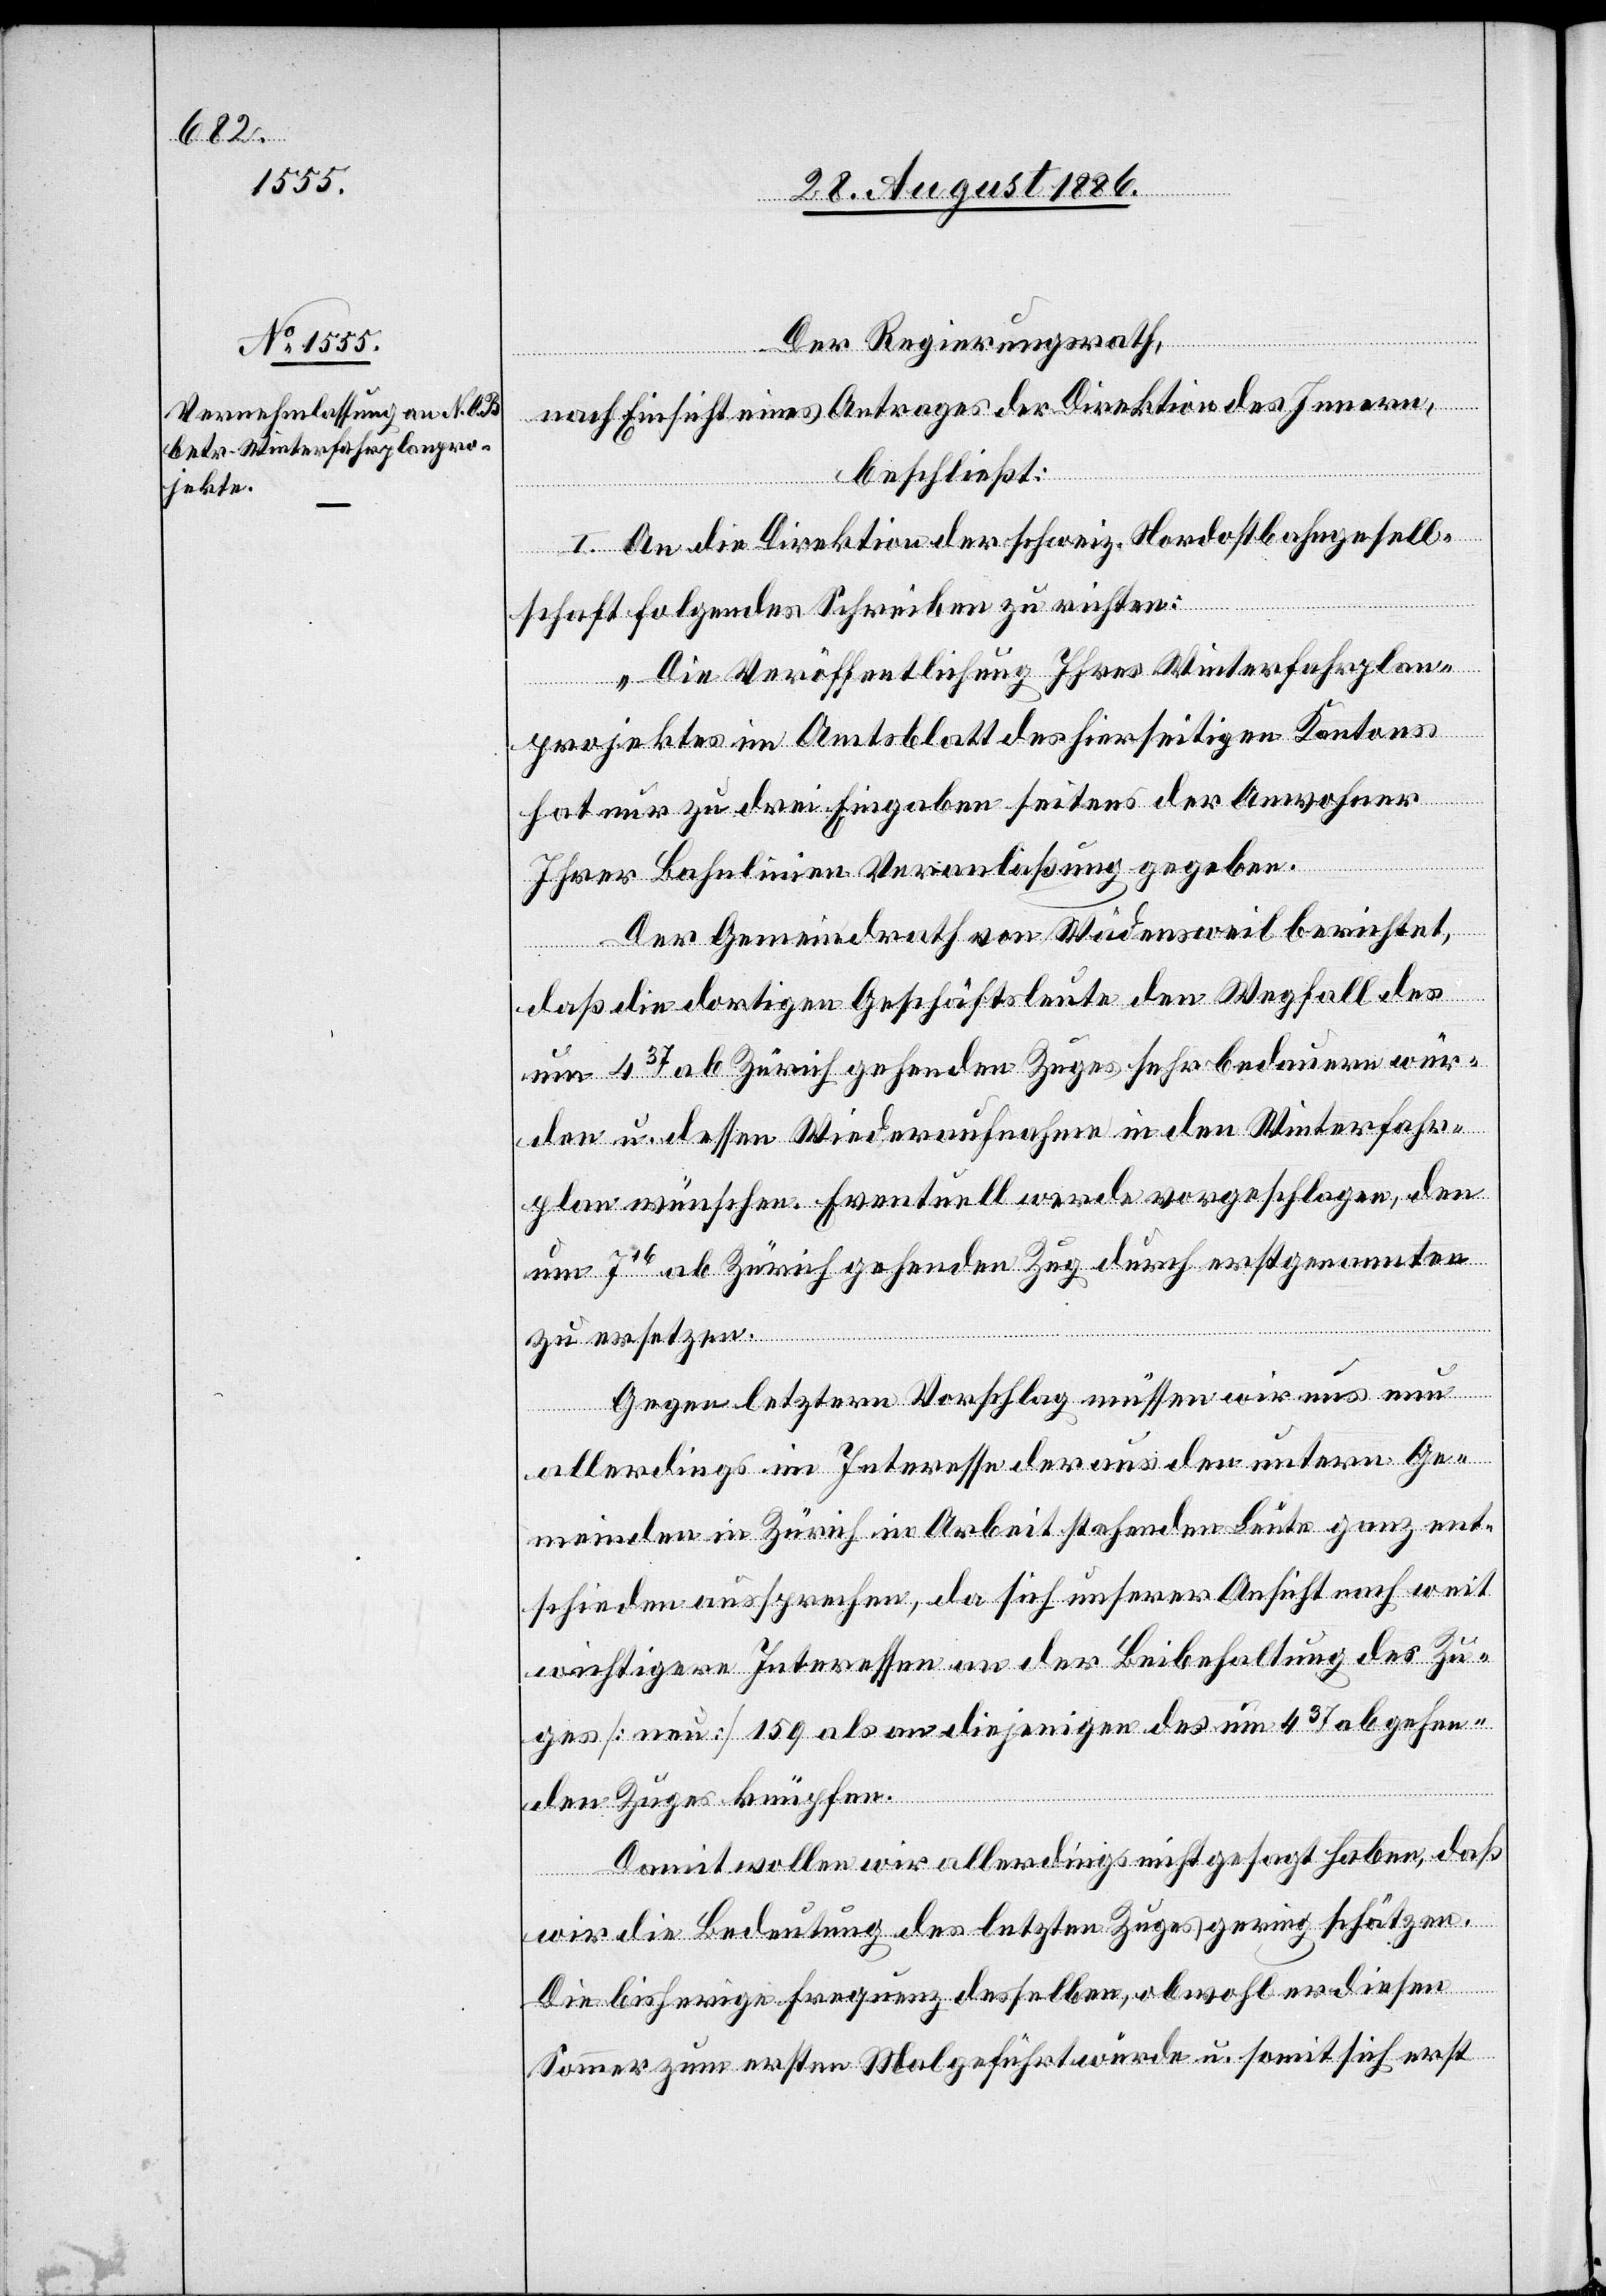
Der Regierungsrath,
nach Einsicht eines Antrages der Direktion des Innern,
beschließt:
I. An die Direktion der schweiz. Nordostbahngesell¬
schaft folgendes Schreiben zu richten:
„Die Veröffentlichung Ihres Winterfahrplan¬
projektes im Amtsblatt des hierseitigen Kantons
hat nur zu drei Eingaben seitens der Anwohner
Ihrer Bahnlinien Veranlaßung gegeben.
Der Gemeindrath von Wädensweil berichtet,
daß die dortigen Geschäftsleute den Wegfall des
um 437 ab Zürich gehenden Zuges sehr bedauern wür¬
den u. dessen Wiederaufnahme in den Winterfahr¬
plan wünschen. Eventuell werde vorgeschlagen, den
um 716 ab Zürich gehenden Zug durch erstgenannten
zu ersetzen.
Gegen letztern Vorschlag müssen wir uns nun
allerdings im Interesse der aus den untern Ge¬
meinden in Zürich in Arbeit stehenden Leute ganz ent¬
schieden aussprechen, da sich unserer Ansicht nach weit
wichtigere Interessen an der [sic!] Beibehaltung des Zu¬
ges [neu] 159 als an diejenigen des um 437 abgehen¬
den Zuges knüpfen.
Damit wollen wir allerdings nicht gesagt haben, daß
wir die Bedeutung des letzten Zuges gering schätzen.
Die bisherige Frequenz desselben, obwohl er diesen
Sommer zum ersten Mal geführt wurde u. somit sich erst